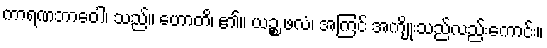
ကာရဏဘာဝေါ၊ သည်။ ဟောတိ၊ ၏။ ယဉ္စ ဖလံ၊ အကြင် အကျိုးသည်လည်းကောင်း။